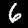
Label: 6